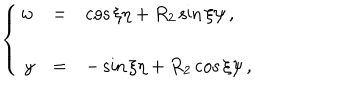
\left\{ \begin{array} { r c l } { { w } } & { { = } } & { { \cos { \xi } \eta + R _ { 2 } \sin { \xi } \psi \, , } } \\ { { } } & { { } } & { { } } \\ { { y } } & { { = } } & { { - \sin { \xi } \eta + R _ { 2 } \cos { \xi } \psi \, , } } \\ \end{array} \right.